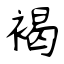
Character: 褐